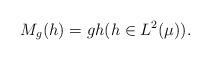
LaTeX: \begin{align*}M_g(h)=gh (h\in L^2(\mu)).\end{align*}